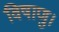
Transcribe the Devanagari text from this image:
विषाणु।